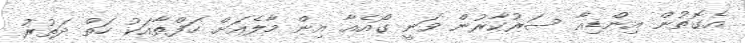
އެގޮތުން އިންޑިއާ ސަރުކާރުން ވަނީ ގޯއެއާ އިން މާލެއަށް ހަފްތާއަކު ހަތް ދަތުރު